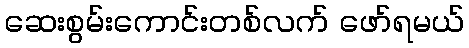
ဆေးစွမ်းကောင်းတစ်လက် ဖော်ရမယ်